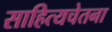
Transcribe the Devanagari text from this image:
साहित्यचेतना